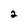
Character: 2